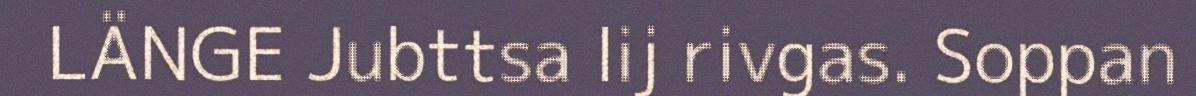
LÄNGE Jubttsa lij rivgas. Soppan